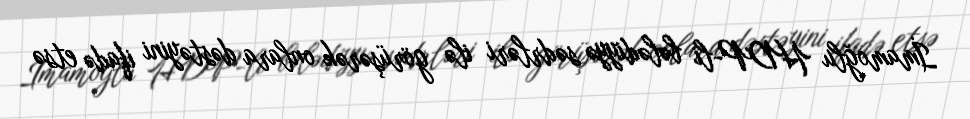
İmamoğlu HDP-li bələdiyyə sədrləri ilə görüşərək onlara dəstəyini ifadə etsə